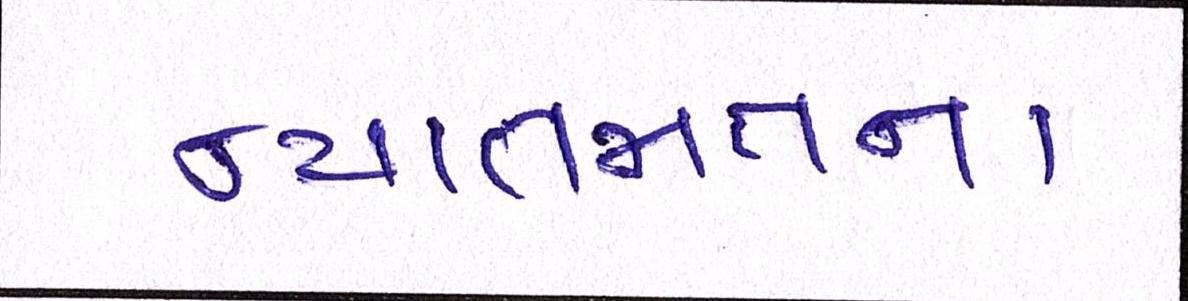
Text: ન્યાતજાતના